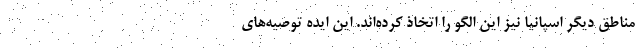
مناطق دیگر اسپانیا نیز این الگو را اتخاذ کرده‌اند. این ایده توصیه‌های